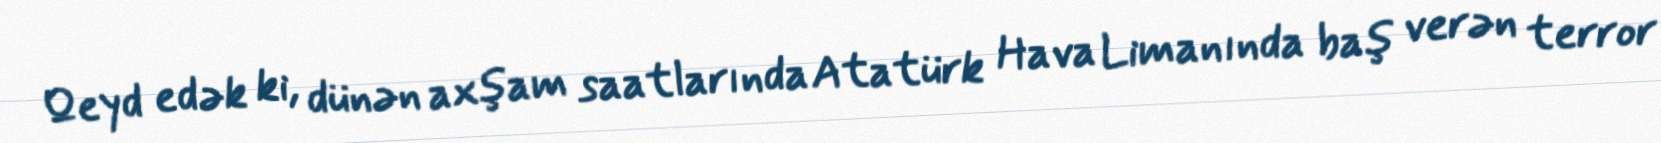
Qeyd edək ki, dünən axşam saatlarında Atatürk Hava Limanında baş verən terror